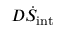
D \dot { S } _ { \mathrm { i n t } }